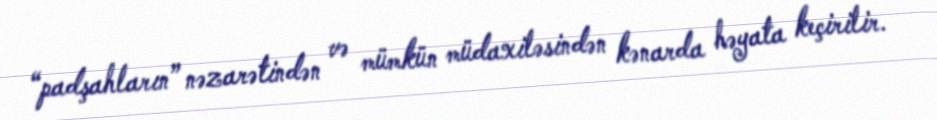
“padşahların” nəzarətindən və mümkün müdaxiləsindən kənarda həyata keçirilir.